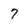
Character: 7